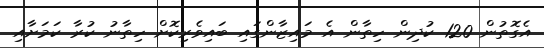
އެގޮތުން 120 ކުދިން ހިތާން އެ މައިޒާންގައި ބައިވެރިކޮށް ހިތާނު ކުރާ ކަމަށާއި